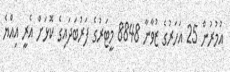
އުމުރުން 25 އަހަރުގެ ޒުވާނާ 8848 މީޓަރުގެ ފަރުބަދައިގެ ކޮޅަށް އެރީ އިއްޔެ